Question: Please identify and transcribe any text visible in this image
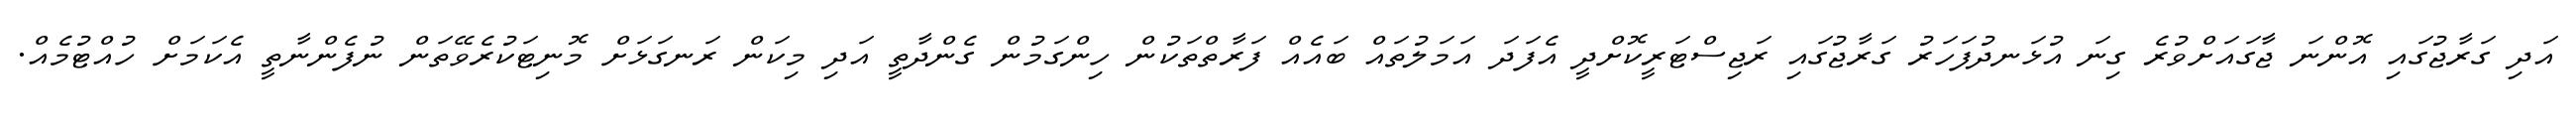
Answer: އަދި ގަރާޖުގައި އޮންނަ ޖާގައަށްވުރެ ގިނަ އުޅަނދުފަހަރު ގަރާޖުގައި ރަޖިސްޓަރީކޮށްދީ އެފަދަ އަމަލުތައް ބައެއް ފަރާތްތަކުން ހިންގަމުން ގެންދާތީ އަދި މިކަން ރަނގަޅަށް މޮނިޓަކުރެވޭތަން ނުފެންނާތީ އެކަމަށް ހުއްޓުމެއް.